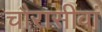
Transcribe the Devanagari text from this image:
चौरासीवां